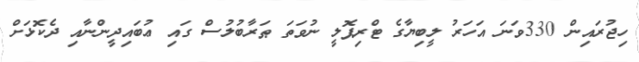
ހިޖުރައިން 330ވަނަ އަހަރު ލީބިޔާގެ ޓްރިޕޮލީ ނުވަތަ ޠަރާބުލުސް ގައި ޢުބައިދީންނާއި ދެކޮޅަށް